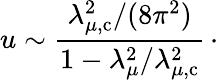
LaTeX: u\sim{\frac{\lambda_{\mu,\mathrm{c}}^{2}/(8\pi^{2})}{1-\lambda_{\mu}^{2}/\lambda_{\mu,\mathrm{c}}^{2}}}\, \cdotp